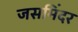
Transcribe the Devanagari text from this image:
जसमिंदर